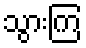
သွားကြ